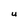
Character: U